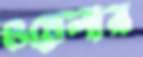
ওয়েলার